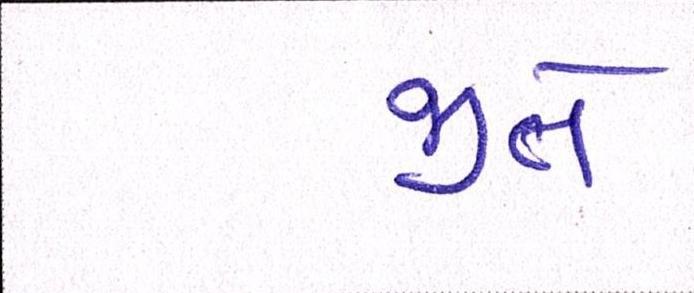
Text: જીતે